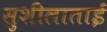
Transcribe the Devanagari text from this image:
सुशीलाताई